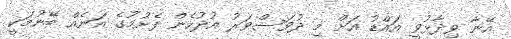
އޭނާ ވިދާޅުވީ އައްޑު އަށް މި ދުވަސްވަރު އުދުހެން ފެށުމުގެ އަނެއް ބޭނުމަކީ